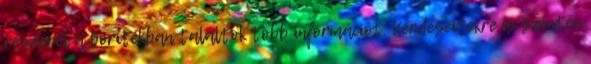
részéről a borítékban találtok több információt. Kérdéseitekre is szintén